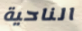
الناحية